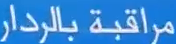
مراقبة بالرادار